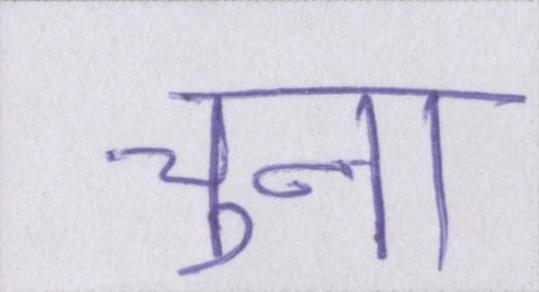
चुना